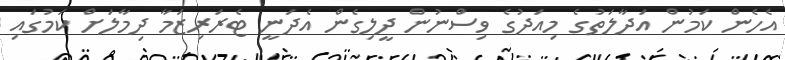
އެހެން ކަމުން އަދާލަތުގެ މިއަދުގެ ވިސްނުން ދީލިގެން އެދަނީ ޓެރަރިޒަމާ ދިމާލަށް ކަމުގައި